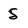
Character: 5